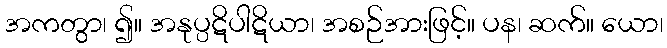
အကတွာ၊ ၍။ အနုပ္ပဋိပါဋိယာ၊ အစဉ်အားဖြင့်။ ပန၊ ဆက်။ ယော၊